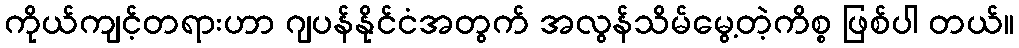
ကိုယ်ကျင့်တရားဟာ ဂျပန်နိုင်ငံအတွက် အလွန်သိမ်မွေ့တဲ့ကိစ္စ ဖြစ်ပါ တယ်။